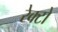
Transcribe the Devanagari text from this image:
रेक्टो